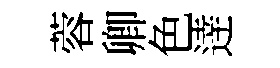
蓉卿色逹